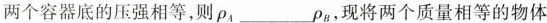
两个容器底的压强相等，则ρ_{A}___ρ_{B}，现将两个质量相等的物体